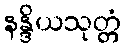
နန္ဒိယသုတ္တံ